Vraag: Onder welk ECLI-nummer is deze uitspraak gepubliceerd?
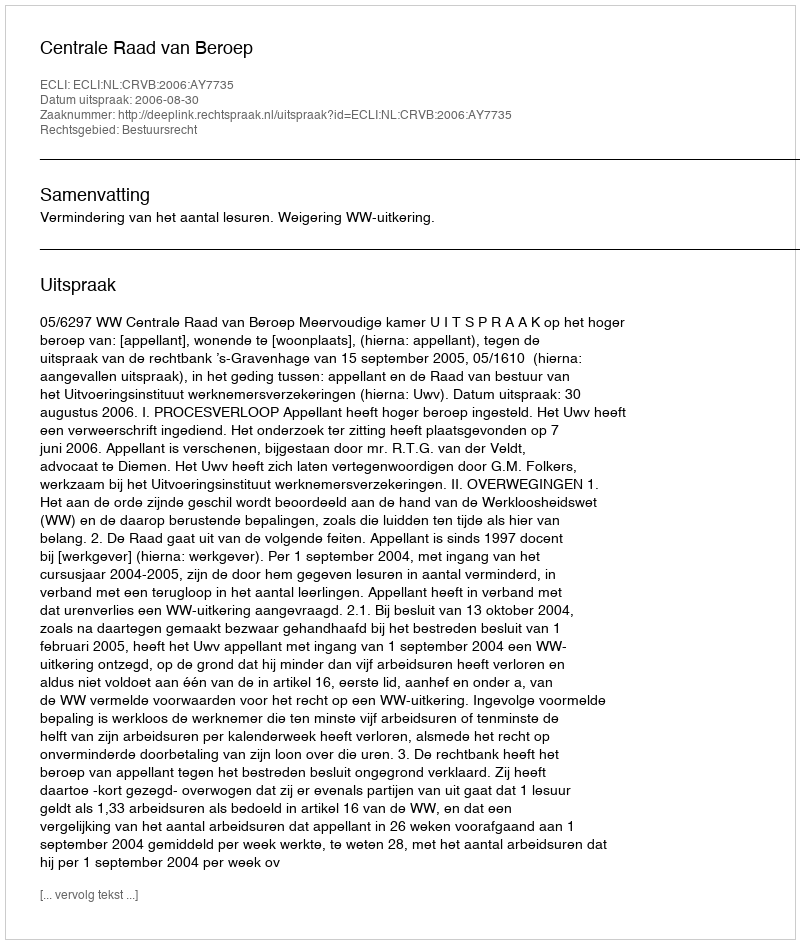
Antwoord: ECLI:NL:CRVB:2006:AY7735